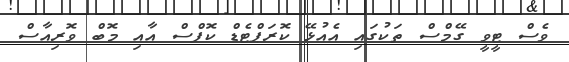
ވެސް ޓީވީ ގޭމްސް ތަކުގައި އެއުޅޭ ކޮރަޕްޓެޑް ކޮފްސް އާއި މޮބް ވޮރިއާސް